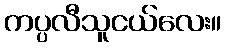
ကပ္ပလီသူငယ်လေး။